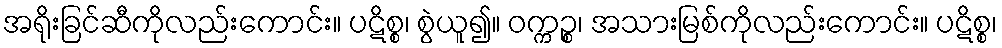
အရိုးခြင်ဆီကိုလည်းကောင်း။ ပဋိစ္စ၊ စွဲယူ၍။ ဝက္ကဉ္စ၊ အသားမြစ်ကိုလည်းကောင်း။ ပဋိစ္စ၊